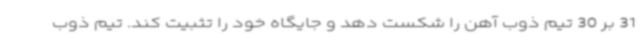
31 بر 30 تیم ذوب آهن را شکست دهد و جایگاه خود را تثبیت کند. تیم ذوب